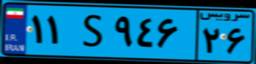
۱۱S۹۴۶۲۶